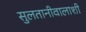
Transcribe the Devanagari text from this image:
सुलतानीवालाशी